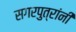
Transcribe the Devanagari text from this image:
सगरपुत्रांनी